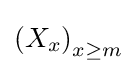
\left(X_{x}\right)_{x\geq m}